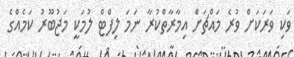
ވަކި ވަރަކަށް ވުރެ މައްޗަށް އިމާރާތްކުރާ ނަމަ ލިފްޓް ލުމަކީ މަޖުބޫރު ކަމެއްގެ